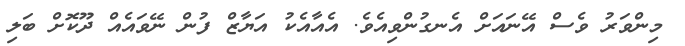
މިންވަރު ވެސް އޭނައަށް އެނގުންވިއެވެ. އެއާއެކު އަޔާޒް ފުން ނޭވައެއް ދޫކޮށް ބަލި